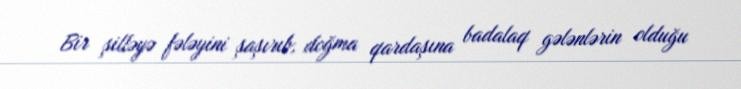
Bir şilləyə fələyini şaşırıb, doğma qardaşına badalaq gələnlərin olduğu